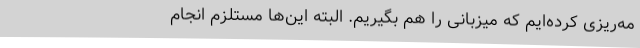
مه‌ریزی کرده‌ایم که میزبانی را هم بگیریم. البته این‌ها مستلزم انجام